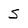
Character: S